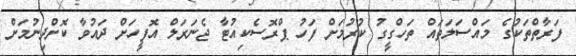
ފަރާތްތަކުގެ މައްސަލަތައް ތަހްގީގު ކުރުމަށް ފަހު ޕްރޮސެކިއުޓާ ޖެނަރަލް އޮފީހަށް ދައުވާ ކޮށްދިނުމަށް